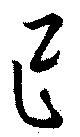
已